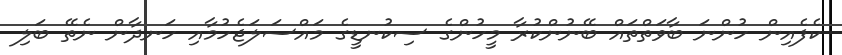
ކެފެއިން ހުންނަ ބާވަތްތައް ބޭނުންކުރާ މީހުންގެ ސިކުނޑީގެ މައްސަލަޖެހުމާއި ހަނދާން ނެތޭ ބަލި